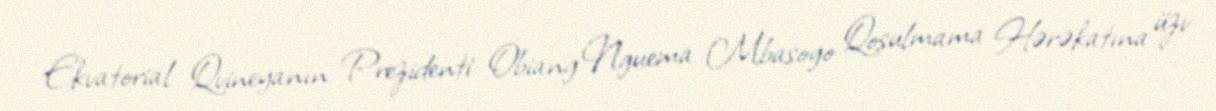
Ekvatorial Qvineyanın Prezidenti Obiang Nguema Mbasogo Qoşulmama Hərəkatına üzv